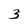
Character: 3